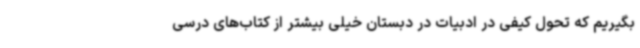
بگیریم که تحول کیفی در ادبیات در دبستان خیلی بیشتر از کتاب‌های درسی